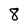
Character: 8